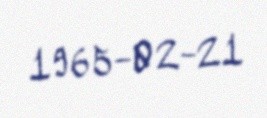
1965-02-21